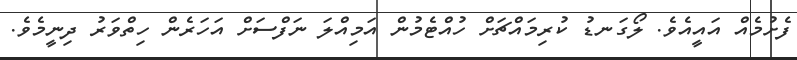
ފެށުމެއް އައީއެވެ. ލޯގަނޑު ކުރިމައްޗަށް ހުއްޓެމުން އަމިއްލަ ނަފްސަށް އަހަރެން ހިތްވަރު ދިނީމެވެ.